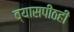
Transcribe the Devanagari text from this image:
व्यासपीठही